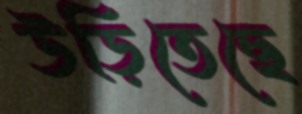
উড়িতেছে